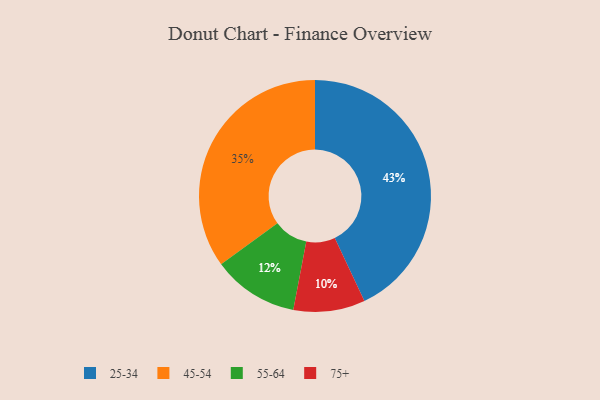
{"axis": {"x": "Category", "y": "Percentage"}, "legend": ["25-34", "45-54", "55-64", "75+"], "data": [{"x": "75+", "y": 10, "type": "75+"}, {"x": "45-54", "y": 35, "type": "45-54"}, {"x": "25-34", "y": 43, "type": "25-34"}, {"x": "55-64", "y": 12, "type": "55-64"}]}